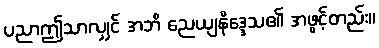
ပညာဤသာလျှင် အဘိ ညေယျနိဒ္ဒေသ၏ အဖွင့်တည်း။